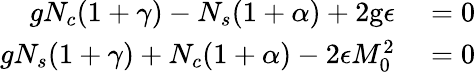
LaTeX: \begin{array}{rl}{gN_{c}(1+\gamma)-N_{s}(1+\alpha)+2\mathrm{g}\epsilon}&{{}=0}\\ {gN_{s}(1+\gamma)+N_{c}(1+\alpha)-2\epsilon M_{0}^{2}}&{{}=0}\end{array}